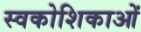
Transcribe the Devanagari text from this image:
स्वकोशिकाओं